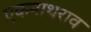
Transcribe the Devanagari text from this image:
एकनाथराव